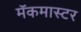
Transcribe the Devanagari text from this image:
मॅकमास्टर